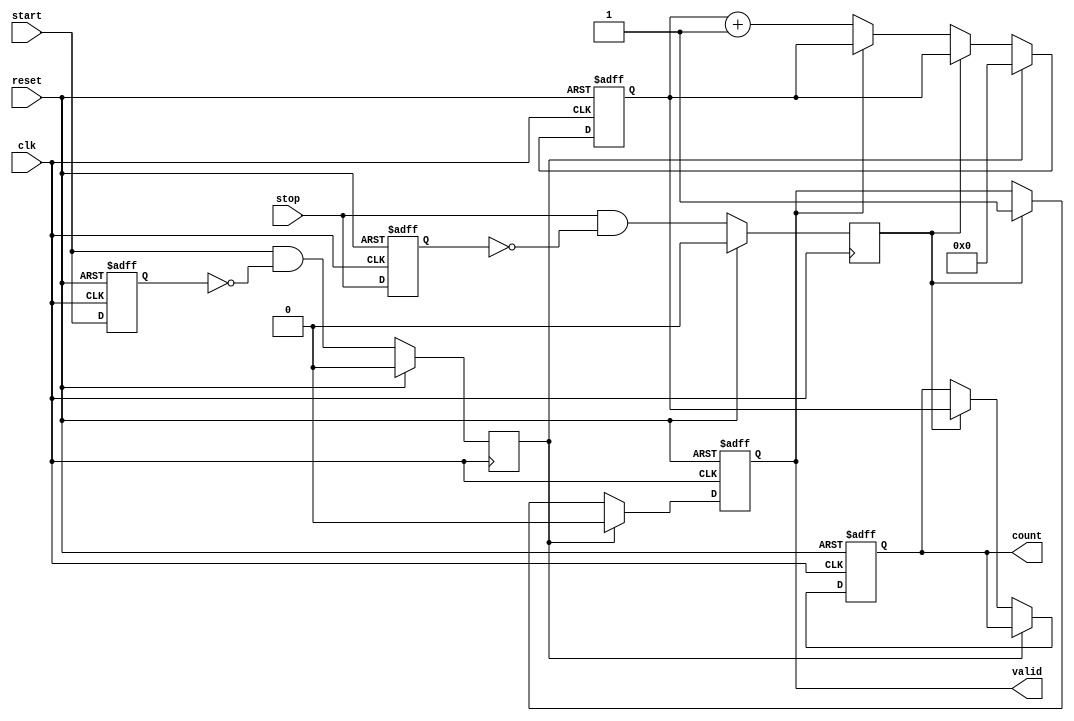
module TDC (
    input wire clk,          // High-frequency clock
    input wire reset,        // Reset signal
    input wire start,        // Start signal
    input wire stop,         // Stop signal
    output reg [31:0] count, // Output count value (32-bit)
    output reg valid         // Indicates valid output
);

    reg [31:0] counter;      // 32-bit counter
    reg start_detected;      // Flag to indicate start detection
    reg stop_detected;       // Flag to indicate stop detection

    // Edge detection for start and stop signals
    reg start_prev, stop_prev;

    always @(posedge clk or posedge reset) begin
        if (reset) begin
            start_prev <= 1'b0;
            stop_prev <= 1'b0;
        end else begin
            start_prev <= start;
            stop_prev <= stop;
        end
    end

    // Detect rising edges of start and stop signals
    always @(posedge clk) begin
        if (reset) begin
            start_detected <= 1'b0;
            stop_detected <= 1'b0;
        end else begin
            start_detected <= (start && !start_prev);
            stop_detected <= (stop && !stop_prev);
        end
    end

    // Counter logic
    always @(posedge clk or posedge reset) begin
        if (reset) begin
            counter <= 32'b0;
            count <= 32'b0;
            valid <= 1'b0;
        end else if (start_detected) begin
            counter <= 32'b0; // Reset counter on start
            valid <= 1'b0;    // Reset valid output
        end else if (stop_detected) begin
            count <= counter; // Store count value on stop
            valid <= 1'b1;    // Indicate valid output
        end else if (!valid) begin
            counter <= counter + 1; // Increment counter if not valid
        end
    end

endmodule